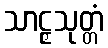
သာဠှသုတ္တံ